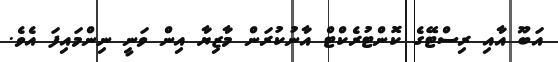
އަބޫ އާއި ރިސްޓޭގެ ކޮންޓުރެކްޓް އާނުކުރަން މާޒިޔާ އިން ވަނީ ނިންމައިފަ އެވެ.